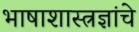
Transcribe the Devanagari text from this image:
भाषाशास्त्रज्ञांचे